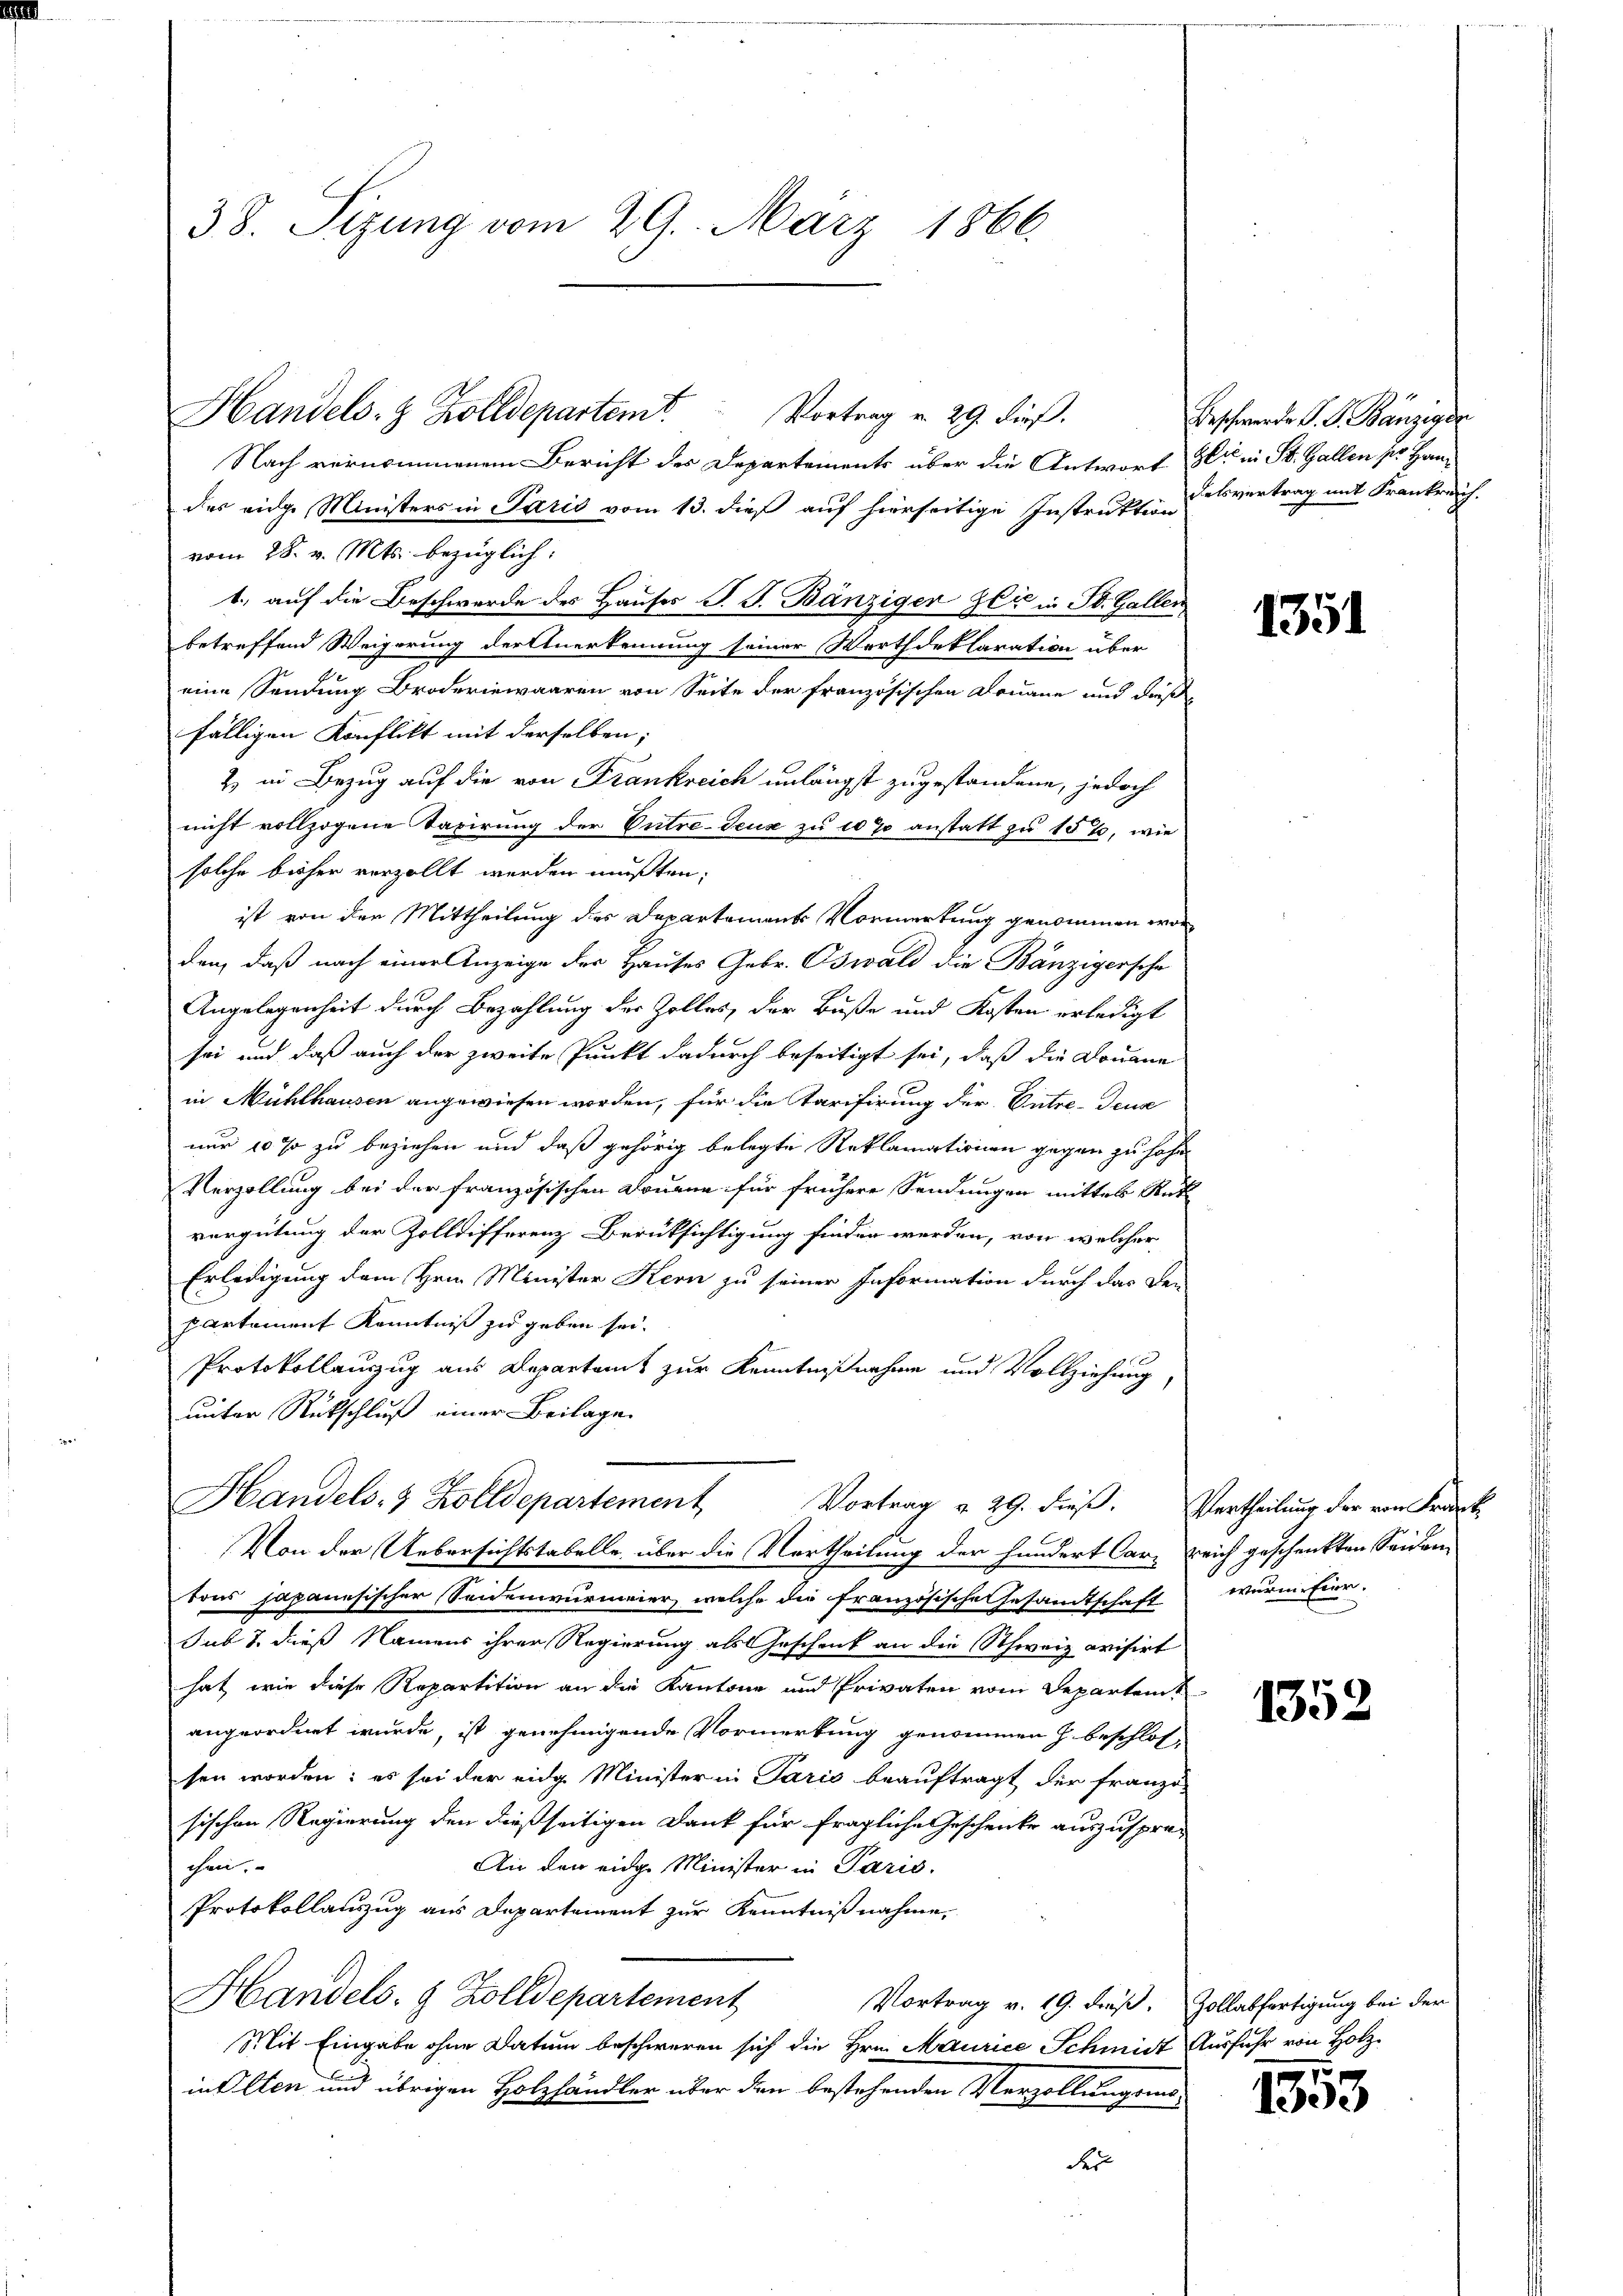
38. Sizung vom 29. März 1866.

Handels- & Zolldepartem Vortrag v. 29. dieß.
Nach vernommenem Bericht des Departements über die Antwort der in St. Gallen pr. Handas eige Ministers in Paris vom 13. dieß auf hierseitige Instruktionaissvertrag mit Frankreich.
vom 28. v. Mts. bezüglich.
1. auf die Beschwerde des Hauses P. J. Bänziger Zeit in St. Gallen
betreffend Weigerung der tuerkennung seiner Worthdeklaration über
eine Sendung Broderiewaaren von Seite der französischen Donaue und dieß
fälligen Konflikt mit derselben;
2) in Bezug auf die von Frankreich unlängst zugestandene, jedoch
nicht vollzogene Taxirung der Vutre-Teuse zu et 70 anstatt zu 15 %, wie
solche bisher verzollt werden mußten;
ist von der Mittheilung des Departements Vormerkung genommen worden, daß nach einer Anzeige der Hauses Gebr. Oswald die Bänzigersche
Angelegenheit durch Bezahlung der Zolles, der Buße und Kosten erledigt
sei und daß auch der zweite Punkt dadurch beseitigt sei, daß die Douane
in Mühlhausen angewiesen worden, für die Tarifirung der Entre-Teuz
nur 10 % zu beziehen und daß gehörig belegte Reklamationen gegen zu hohe
Verzöllung bei der französischen Douane für frühere Sendungen mitter Rück
vergütung der Zolldifferenz Berüksichtigung finden werden, von welcher
Erledigung dem Hrn. Minister Kern zu seiner Information durch das Lei-
partament Kenntniß zu geben sei.
Protokollenzug aus Departamt zur Kenntnißnahme und Vollziehung,
unter Rückschluß einer Beilage.
Handels- & Zolldepartement
Vortrag v. 29. dieß. Vertheilung der von Frank
Von der Uebersichtstabelle über die Vertheilung der hundert Car- reich geschenkten Seidern
tons japanesischer Seidenwurmeier, welche die französische Gesamtschaft wurm. Eier.
sub 7. dieß Namens ihrer Regierung als Geschenk an die Schweiz avisirt.
hat, wie diese Repartition an die Kantone und Privaten vom Departen
angeordnet wurde, ist genehmigende Vormerkung genommen h. beschlos-
sen worden: es sei der eidg. Minister in Paris beauftragt der franzö-
sischen Regierung den dießseitigen Dank für fragliche Geschenke auszuspre-
An den eidg. Minister in Paris.
chen,
Protokollauszug aus Departement zur Kenntnißnahme.
Handels- & Zolldepartement
Vortrag v. 19. dieß. Zollabfertigung bei der
Mit Eingabe ohne Datum beschweren sich die Hrn. Maurice Schmidt Ausfuhr von Holz-
in Alten und übrigen Holzhändler über den bestehenden Verzollungsmo¬
Fer

Beschwerde P. G. Bänziger

1351

1352

fx

1350